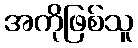
အကိုဖြစ်သူ